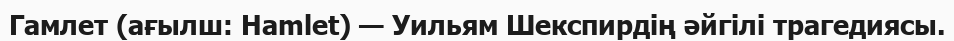
Гамлет (ағылш: Hamlet) — Уильям Шекспирдің әйгілі трагедиясы.